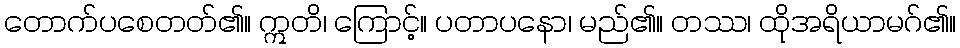
တောက်ပစေတတ်၏။ ဣတိ၊ ကြောင့်။ ပတာပနော၊ မည်၏။ တဿ၊ ထိုအရိယာမဂ်၏။